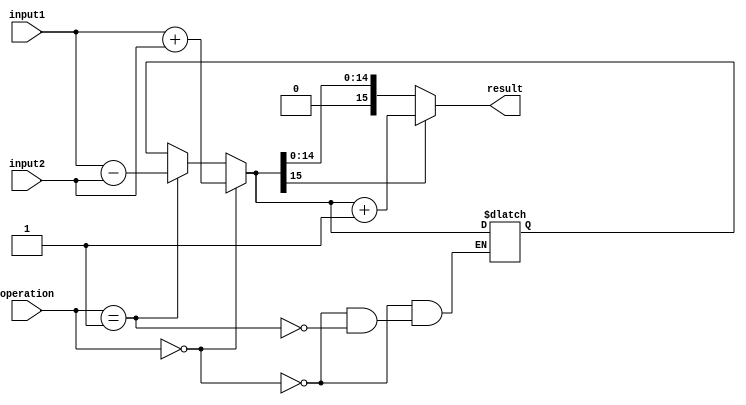
module fixed_point_rounding_unit (
    input [15:0] input1,
    input [15:0] input2,
    input [1:0] operation, // 00 for addition, 01 for subtraction
    output reg [15:0] result
);

reg [15:0] intermediate_result;

always @(*) begin
    if(operation == 2'b00) begin // addition
        intermediate_result = input1 + input2;
    end else if(operation == 2'b01) begin // subtraction
        intermediate_result = input1 - input2;
    end
    
    if(intermediate_result[15] == 1) begin // if the most significant bit is 1, round up
        result = intermediate_result + 1;
    end else begin
        result = intermediate_result;
    end
end

endmodule